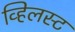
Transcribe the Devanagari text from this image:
व्हिलस्ट